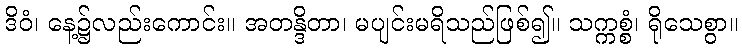
ဒိဝံ၊ နေ့၌လည်းကောင်း။ အတန္ဒိတာ၊ မပျင်းမရိသည်ဖြစ်၍။ သက္ကစ္စံ၊ ရိုသေစွာ။